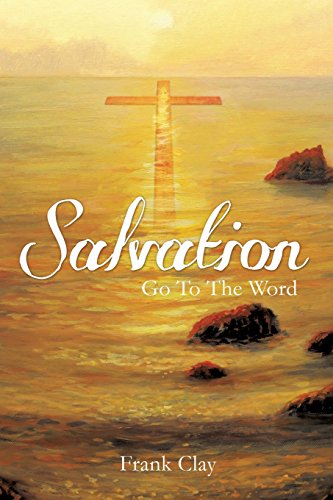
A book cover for SALVATION; Frank Clay; Self-Help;